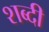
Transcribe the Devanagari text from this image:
शब्दी